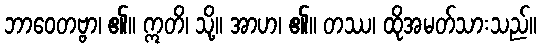
ဘာဝေတဗ္ဗာ၊ ၏။ ဣတိ၊ သို့။ အာဟ၊ ၏။ တဿ၊ ထိုအမတ်သားသည်။